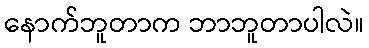
နောက်ဘူတာက ဘာဘူတာပါလဲ။